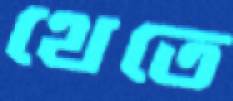
থেতে